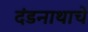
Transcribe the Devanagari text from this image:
दंडनाथाचे